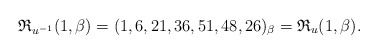
\begin{gather*}\mathfrak{R}_{u^{-1}}(1,\beta)= (1,6,21,36,51,48,26)_{\beta} = \mathfrak{R}_{u}(1,\beta).\end{gather*}